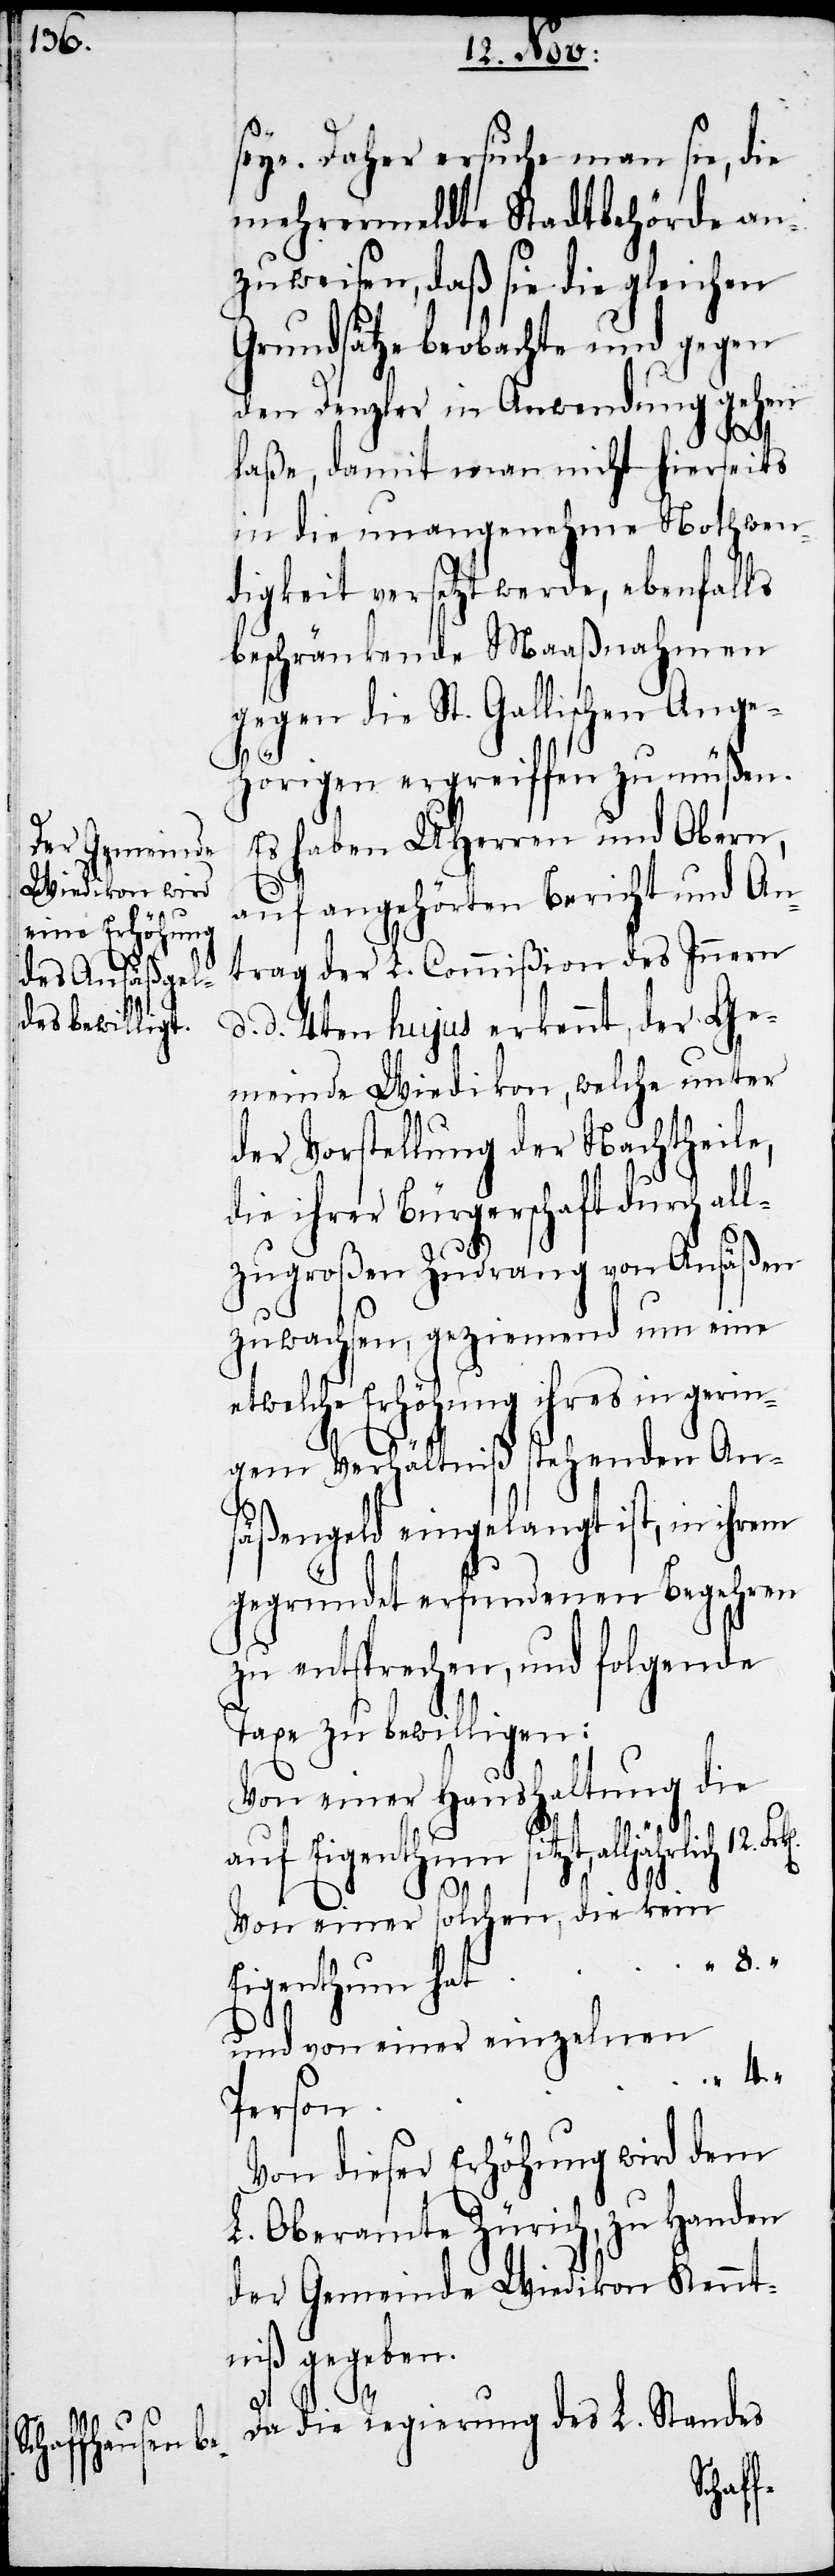
8.
seye. Daher ersuche man sie, die
mehrermeldte Stadtbehörde an¬
zuweisen, daß sie die gleichen
Grundsätze beobachte und gegen
den Denzler in Anwendung gehen
laße, damit man nicht hierseits
in die unangenehme Nothwen¬
digkeit versetzt werde, ebenfalls
beschränkende Maaßnahmen
gegen die St. Gallischen Ange¬
hörigen ergreiffen zu müßen.
Es haben UHHerren und Obern,
auf angehörten Bericht und An¬
trag der L. Commißion des Innern
d. d. 4ten hujus erkennt, der Ge¬
meinde Wiedikon, welche unter
der Vorstellung der Nachtheile,
die ihrer Bürgerschaft durch al¬
lzugroßen Zudrang von Ansäßen
zuwachsen geziemend um eine
etwelche Erhöhung ihres in gerin¬
gem Verhältniß stehenden An¬
säßengeld eingelangt, ist, in ihrem
gegründet erfundenen Begehren
zu entsprechen, und folgende
Taxe zu bewilligen:
Von einer Haushaltung die
auf Eigenthum sitzt, alljährlich
Von einer solchen, die kein
und von einer einzelnen
4.
Von dieser Erhöhung wird dem
L. Oberamte Zürich, zu Handen
der Gemeinde Wiedikon Kennt¬
niß gegeben.
Da die Regierung des L. Standes